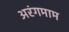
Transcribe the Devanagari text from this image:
अरंगमाम